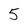
Character: 5